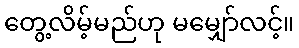
တွေ့လိမ့်မည်ဟု မမျှော်လင့်။